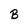
Character: B